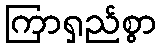
ကြာရှည်စွာ